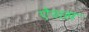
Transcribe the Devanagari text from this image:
ऐशस